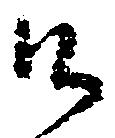
御